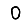
Digit: 0